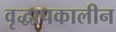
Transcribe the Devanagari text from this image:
वृद्धापकालीन